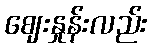
ဈေးနှုန်းလည်း